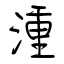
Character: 湩